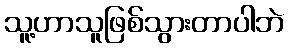
သူ့ဟာသူဖြစ်သွားတာပါဘဲ